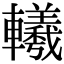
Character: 𨏢